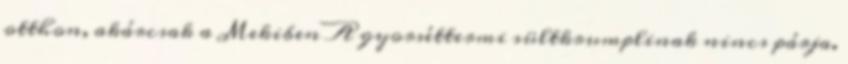
otthon, akárcsak a Mekiben A gyorséttermi sültkrumplinak nincs párja.